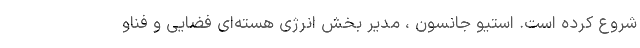
شروع کرده است. استیو جانسون ، مدیر بخش انرژی هسته‌ای فضایی و فناو